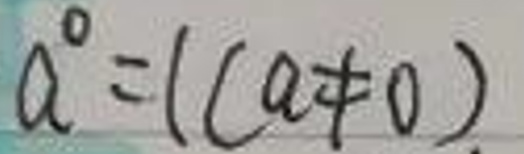
$a^{0}=1(a\neq0)$